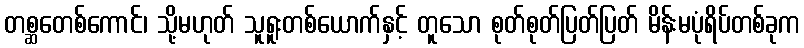
တစ္ဆတေစ်ကောင်၊ သို့မဟုတ် သူရူးတစ်ယောက်နှင့် တူသော စုတ်စုတ်ပြတ်ပြတ် မိန်းမပုံရိပ်တစ်ခုက